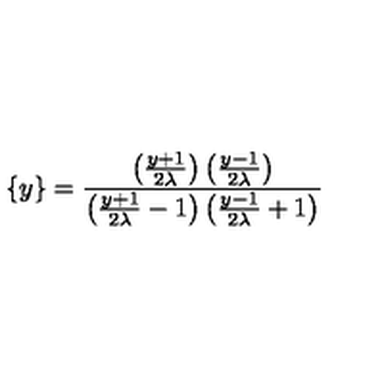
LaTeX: \{ y \} = \frac { \left( \frac { y + 1 } { 2 \lambda } \right) \left( \frac { y - 1 } { 2 \lambda } \right) } { \left( \frac { y + 1 } { 2 \lambda } - 1 \right) \left( \frac { y - 1 } { 2 \lambda } + 1 \right) }